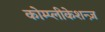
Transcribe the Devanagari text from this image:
कोम्प्लीकेशन्ज़